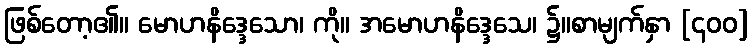
ဖြစ်တော့၏။ မောဟနိဒ္ဒေသော၊ ကို။ အမောဟနိဒ္ဒေသေ၊ ၌။စာမျက်နှာ [၄၀၀]